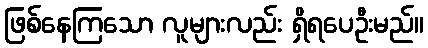
ဖြစ်နေကြသော လူများလည်း ရှိရပေဦးမည်။